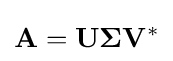
\mathbf {A} =\mathbf {U} \mathbf {\Sigma } \mathbf {V} ^{*}